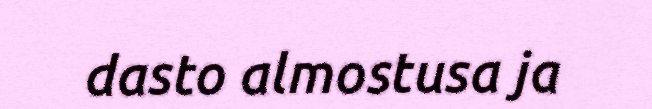
dasto almostusa ja